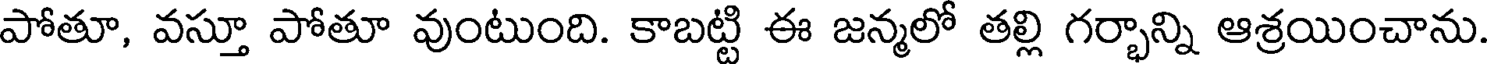
పోతూ, వస్తూ పోతూ వుంటుంది. కాబట్టి ఈ జన్మలో తల్లి గర్భాన్ని ఆశ్రయించాను